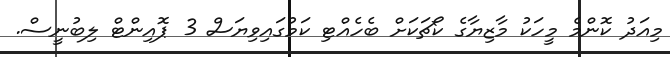
މިއަދު ކޮންމެ މީހަކު މާޒިޔާގެ ކޯޗަކަށް ބެހެއްޓި ކަމުގައިވިޔަސް 3 ޕޮއިންޓް ލިބުނީސް.